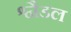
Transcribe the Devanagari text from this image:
श्नैडल